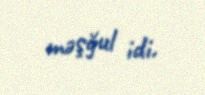
məşğul idi.